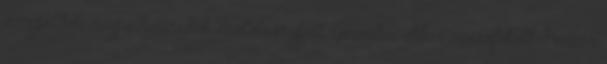
ünnepelheti meg a huszadik születésnapját. Gerendai ekkor összefutott Presser